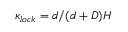
\kappa _ { l o c k } = d / ( d + D ) H